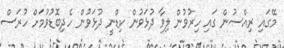
މޭގައި ރިއްސުން ގައި ހިރުވުން ލިވާ ދުޅަވުން ކިޑްނީ ދުޅަވުން ހެދިބޮޑުވުމަށް ހުރަސް